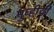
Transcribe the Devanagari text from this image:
मुव्हीची